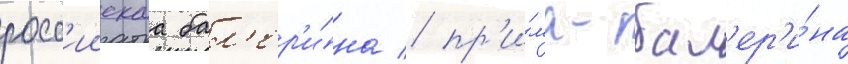
росс'иискаа бал'ер'и́на / пр'и́ма-бал'ер'и́на